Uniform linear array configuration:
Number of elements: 64
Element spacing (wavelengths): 0.25
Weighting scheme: hann
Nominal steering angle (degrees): -45
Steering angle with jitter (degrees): -46.891
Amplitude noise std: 0.05
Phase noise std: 0.05

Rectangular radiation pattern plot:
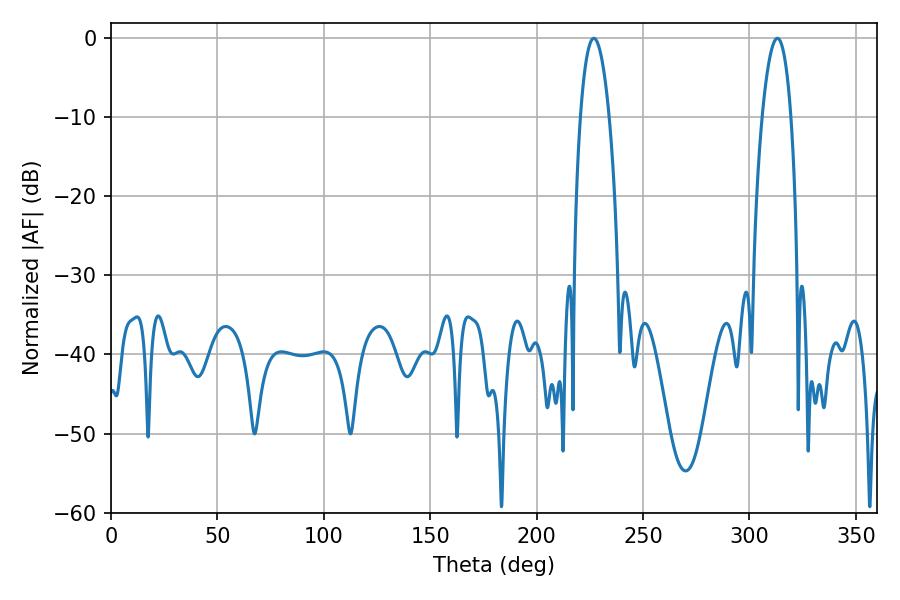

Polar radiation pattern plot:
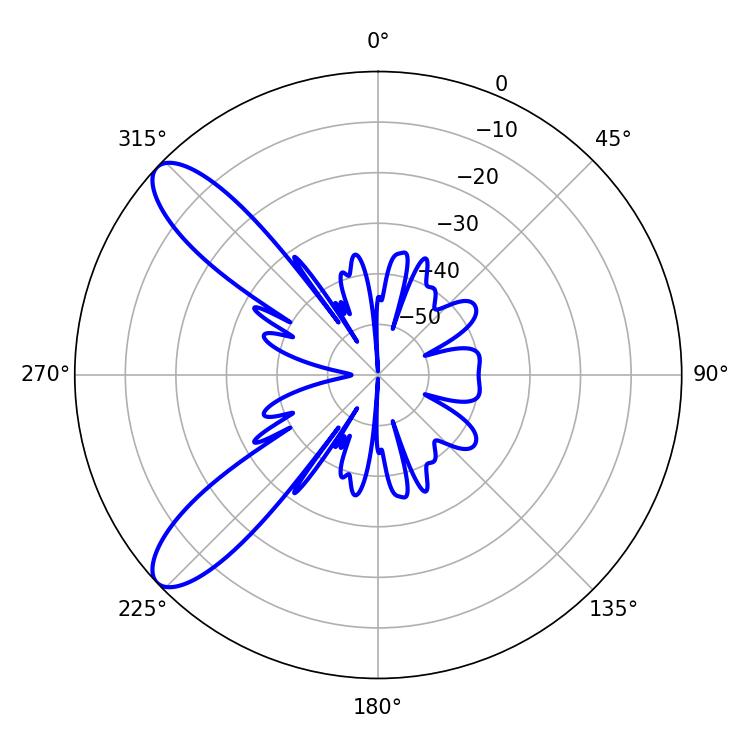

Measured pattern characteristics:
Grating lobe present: FALSE
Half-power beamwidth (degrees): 7.56
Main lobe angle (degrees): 226.8